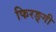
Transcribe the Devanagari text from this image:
फिरङ्गी